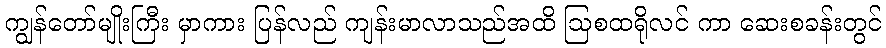
ကျွန်တော်မျိုးကြီး မှာကား ပြန်လည် ကျန်းမာလာသည်အထိ ဩစထရိုလင် ကာ ဆေးစခန်းတွင်